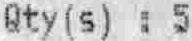
QTY(S) : 5